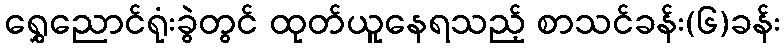
ရွှေညောင်ရုံးခွဲတွင် ထုတ်ယူနေရသည့် စာသင်ခန်း(၆)ခန်း